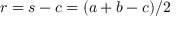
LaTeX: \displaystyle r = s - c = ( a + b - c ) / 2